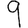
Digit: 9